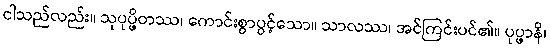
ငါသည်လည်း။ သုပုပ္ဖိတဿ၊ ကောင်းစွာပွင့်သော။ သာလဿ၊ အင်ကြင်းပင်၏။ ပုပ္ဖာနိ၊